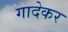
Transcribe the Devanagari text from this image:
गादेकर